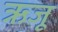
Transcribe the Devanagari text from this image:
ऋजू